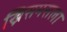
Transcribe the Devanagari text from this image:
ख्रिसमसला